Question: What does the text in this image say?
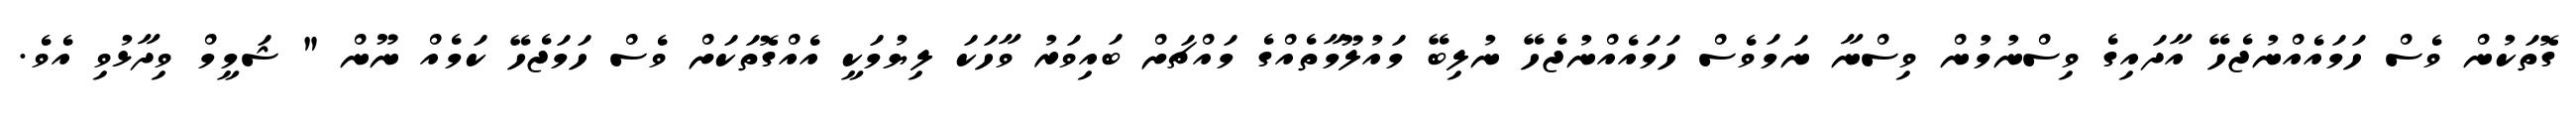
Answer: ގޮތަކުން ވެސް ހަމައެއްނުޖެހޭ އާދައިގެ ވިސްނުމުން ވިސްނާ ނަމަވެސް ހަމައެއްނުޖެހޭ ނުލިބޭ މައުލޫމާތެއްގެ މައްޗަށް ބައިވަރު ވާހަކަ ލިޔުމަކީ އެއްގޮތަކަށް ވެސް ހަމަޖެހޭ ކަމެއް ނޫން " ޝަމީމް ވިދާޅުވި އެވެ.